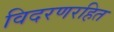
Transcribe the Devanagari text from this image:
विदरणरहित